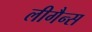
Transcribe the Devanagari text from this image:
लीगैन्स